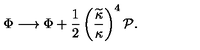
\Phi \longrightarrow \Phi + { \frac { 1 } { 2 } } \left( { \frac { \widetilde { \kappa } } { \kappa } } \right) ^ { 4 } { \cal P } .